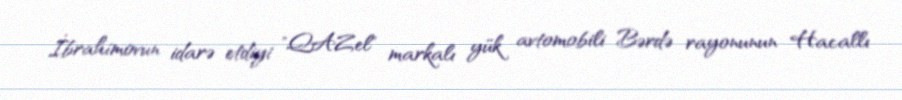
İbrahimovun idarə etdiyi "QAZel" markalı yük avtomobili Bərdə rayonunun Hacallı